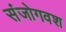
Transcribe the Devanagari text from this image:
संजोगवश